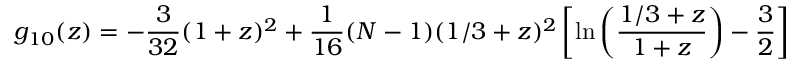
g _ { 1 0 } ( z ) = - \frac { 3 } { 3 2 } ( 1 + z ) ^ { 2 } + \frac { 1 } { 1 6 } ( N - 1 ) ( 1 / 3 + z ) ^ { 2 } \left[ \ln \left( \frac { 1 / 3 + z } { 1 + z } \right) - \frac { 3 } { 2 } \right]